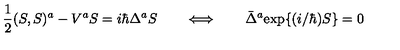
\mathrm { \frac { 1 } { 2 } } ( S , S ) ^ { a } - V ^ { a } S = i \hbar \Delta ^ { a } S \qquad \Longleftrightarrow \qquad \bar { \Delta } ^ { a } \mathrm { e x p } \{ ( i / \hbar ) S \} = 0